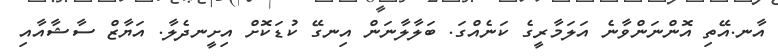
އާނ.އޭތި އޮންނަންވާނެ އަލަމާރީގެ ކަނެއްގަ. ބަލާލާނަން އިނގޭ ކުޑަކޮށް އިށީނދެލާ. އަޔާޒް ސާޝާއާއި